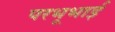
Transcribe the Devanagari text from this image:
परभूभाई